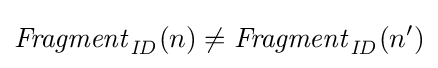
{\mathit {Fragment}}_{\mathit {ID}}(n)\neq {\mathit {Fragment}}_{\mathit {ID}}(n')